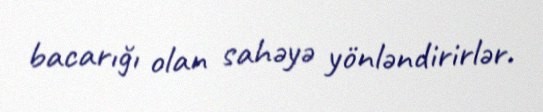
bacarığı olan sahəyə yönləndirirlər.